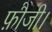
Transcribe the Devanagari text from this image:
फ़ौजी।